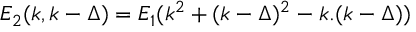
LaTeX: { \cal E } _ { 2 } ( k , k - \Delta ) = { \cal E } _ { 1 } ( k ^ { 2 } + ( k - \Delta ) ^ { 2 } - k . ( k - \Delta ) )